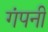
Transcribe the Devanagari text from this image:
गंपनी